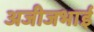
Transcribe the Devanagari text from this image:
अजीजभाई